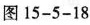
图15-5-18